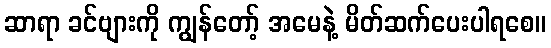
ဆာရာ ခင်ဗျားကို ကျွန်တော့် အမေနဲ့ မိတ်ဆက်ပေးပါရစေ။